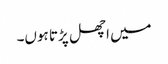
میں اچھل پڑتا ہوں۔